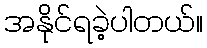
အနိုင်ရခဲ့ပါတယ်။